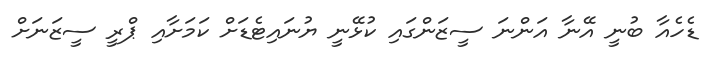
ޑެހެއާ ބުނީ އޭނާ އަންނަ ސީޒަންގައި ކުޅޭނީ ޔުނައިޓެޑަށް ކަމަށާއި ޕްރީ ސީޒަނަށް